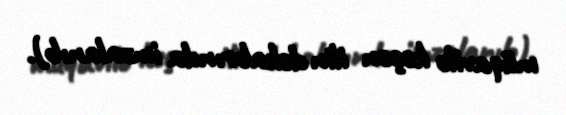
müqavilə keçən ilin dekabrında imzalanıb).